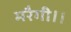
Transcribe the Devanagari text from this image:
मरैगी।।